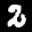
Label: 2